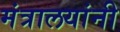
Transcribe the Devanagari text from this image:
मंत्रालयांनी